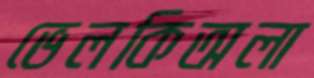
ভেলকিঅলা